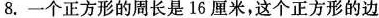
8.一个正方形的周长是16厘米，这个正方形的边